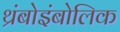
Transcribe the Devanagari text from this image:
थ्रंबोइंबोलिक